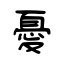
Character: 憂